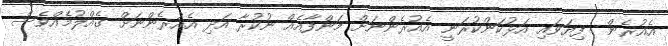
އެއުރެން  ފިޔަވައި އަޅުކަންކުރަނީ އެއުރެންނަށް މަންފާއެއް ނުކުރާ އަދި އެއުރެންނަށް ގެއްލުމެއްވެސް